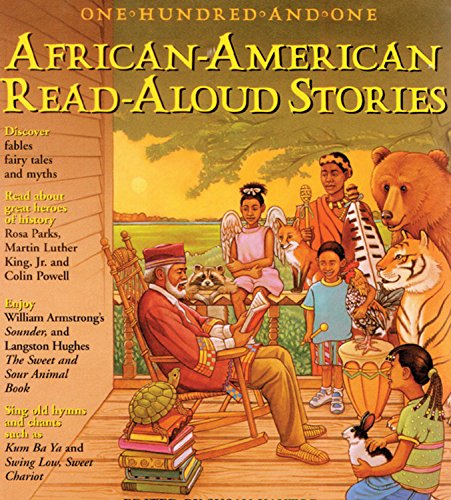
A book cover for One-Hundred-and-One African-American Read-Aloud Stories; Susan Kantor; Children's Books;